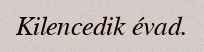
Kilencedik évad.